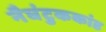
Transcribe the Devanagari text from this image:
नैघंटुककांड